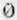
0